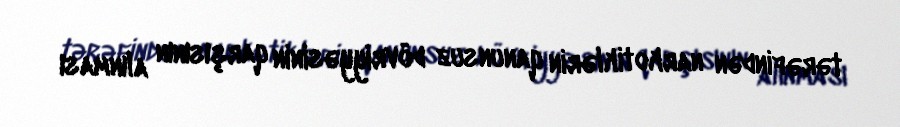
tərəfindən narkotiklərin qanunsuz dövriyyəsinin qarşısının alınması